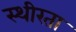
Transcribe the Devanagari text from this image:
स्थीरता